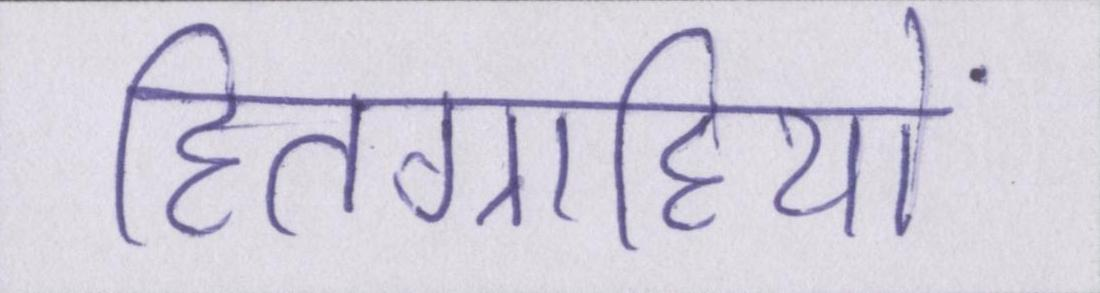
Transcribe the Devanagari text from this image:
हितग्राहियों